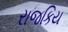
રાજકિય